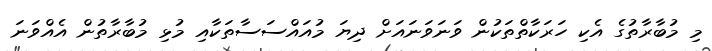
މި މުބާރާތުގެ އެކި ހަރަކާތްތަކުން ވަނަވަނައަށް ދިޔަ މުއައްސަސާތަކާއި މުޅި މުބާރާތުން އެއްވަނަ